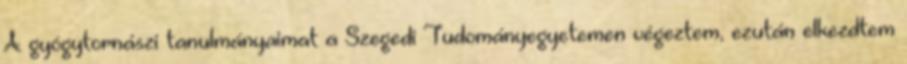
A gyógytornászi tanulmányaimat a Szegedi Tudományegyetemen végeztem, ezután elkezdtem